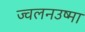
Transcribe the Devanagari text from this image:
ज्वलनउष्मा